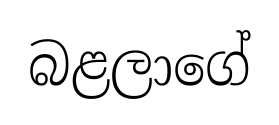
බළලාගේ